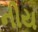
નીય